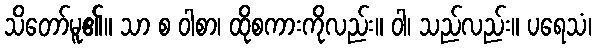
သိတော်မူ၏။ သာ စ ဝါစာ၊ ထိုစကားကိုလည်း။ ဝါ၊ သည်လည်း။ ပရေသံ၊